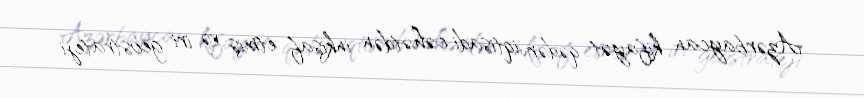
Azərbaycan kifayət qədər iqtisadi cəhətdən inkişaf etmiş və iri geostrateji